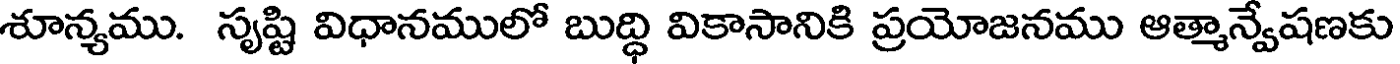
శూన్యము. సృష్టి విధానములో బుద్ధి వికాసానికి ప్రయోజనము ఆత్మాన్వేషణకు